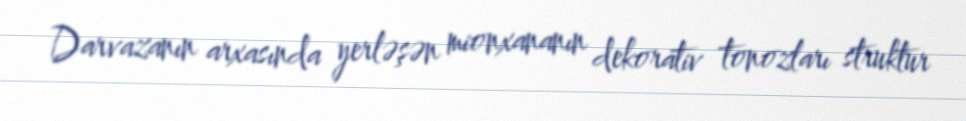
Darvazanın arxasında yerləşən mionxananın dekorativ tonozları struktur